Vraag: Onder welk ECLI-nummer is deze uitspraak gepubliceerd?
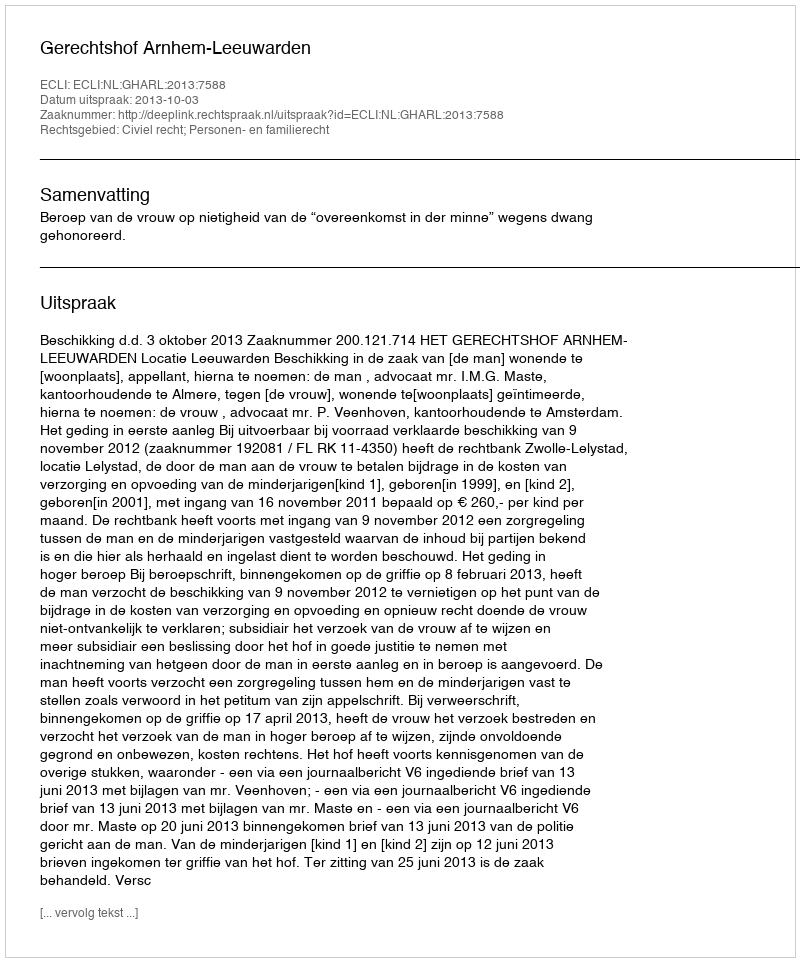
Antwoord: ECLI:NL:GHARL:2013:7588